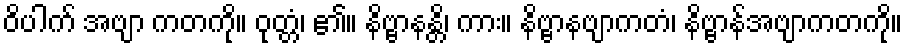
ဝိပါက် အဗျာ ကတကို။ ဝုတ္တံ၊ ၏။ နိဗ္ဗာနန္တိ၊ ကား။ နိဗ္ဗာနဗျာကတံ၊ နိဗ္ဗာန်အဗျာကတကို။